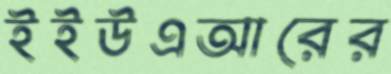
ইইউএআরের